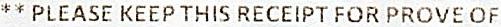
** PLEASE KEEP THIS RECEIPT FOR PROVE OF